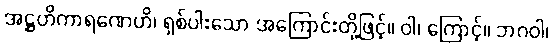
အဋ္ဌဟိကာရဏေဟိ၊ ရှစ်ပါးသော အကြောင်းတို့ဖြင့်။ ဝါ၊ ကြောင့်။ ဘဂဝါ၊